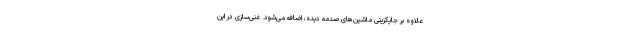
علاوه بر جایگزینی ماشین‌های صدمه دیده، اضافه می‌شود. غنی‌سازی در این